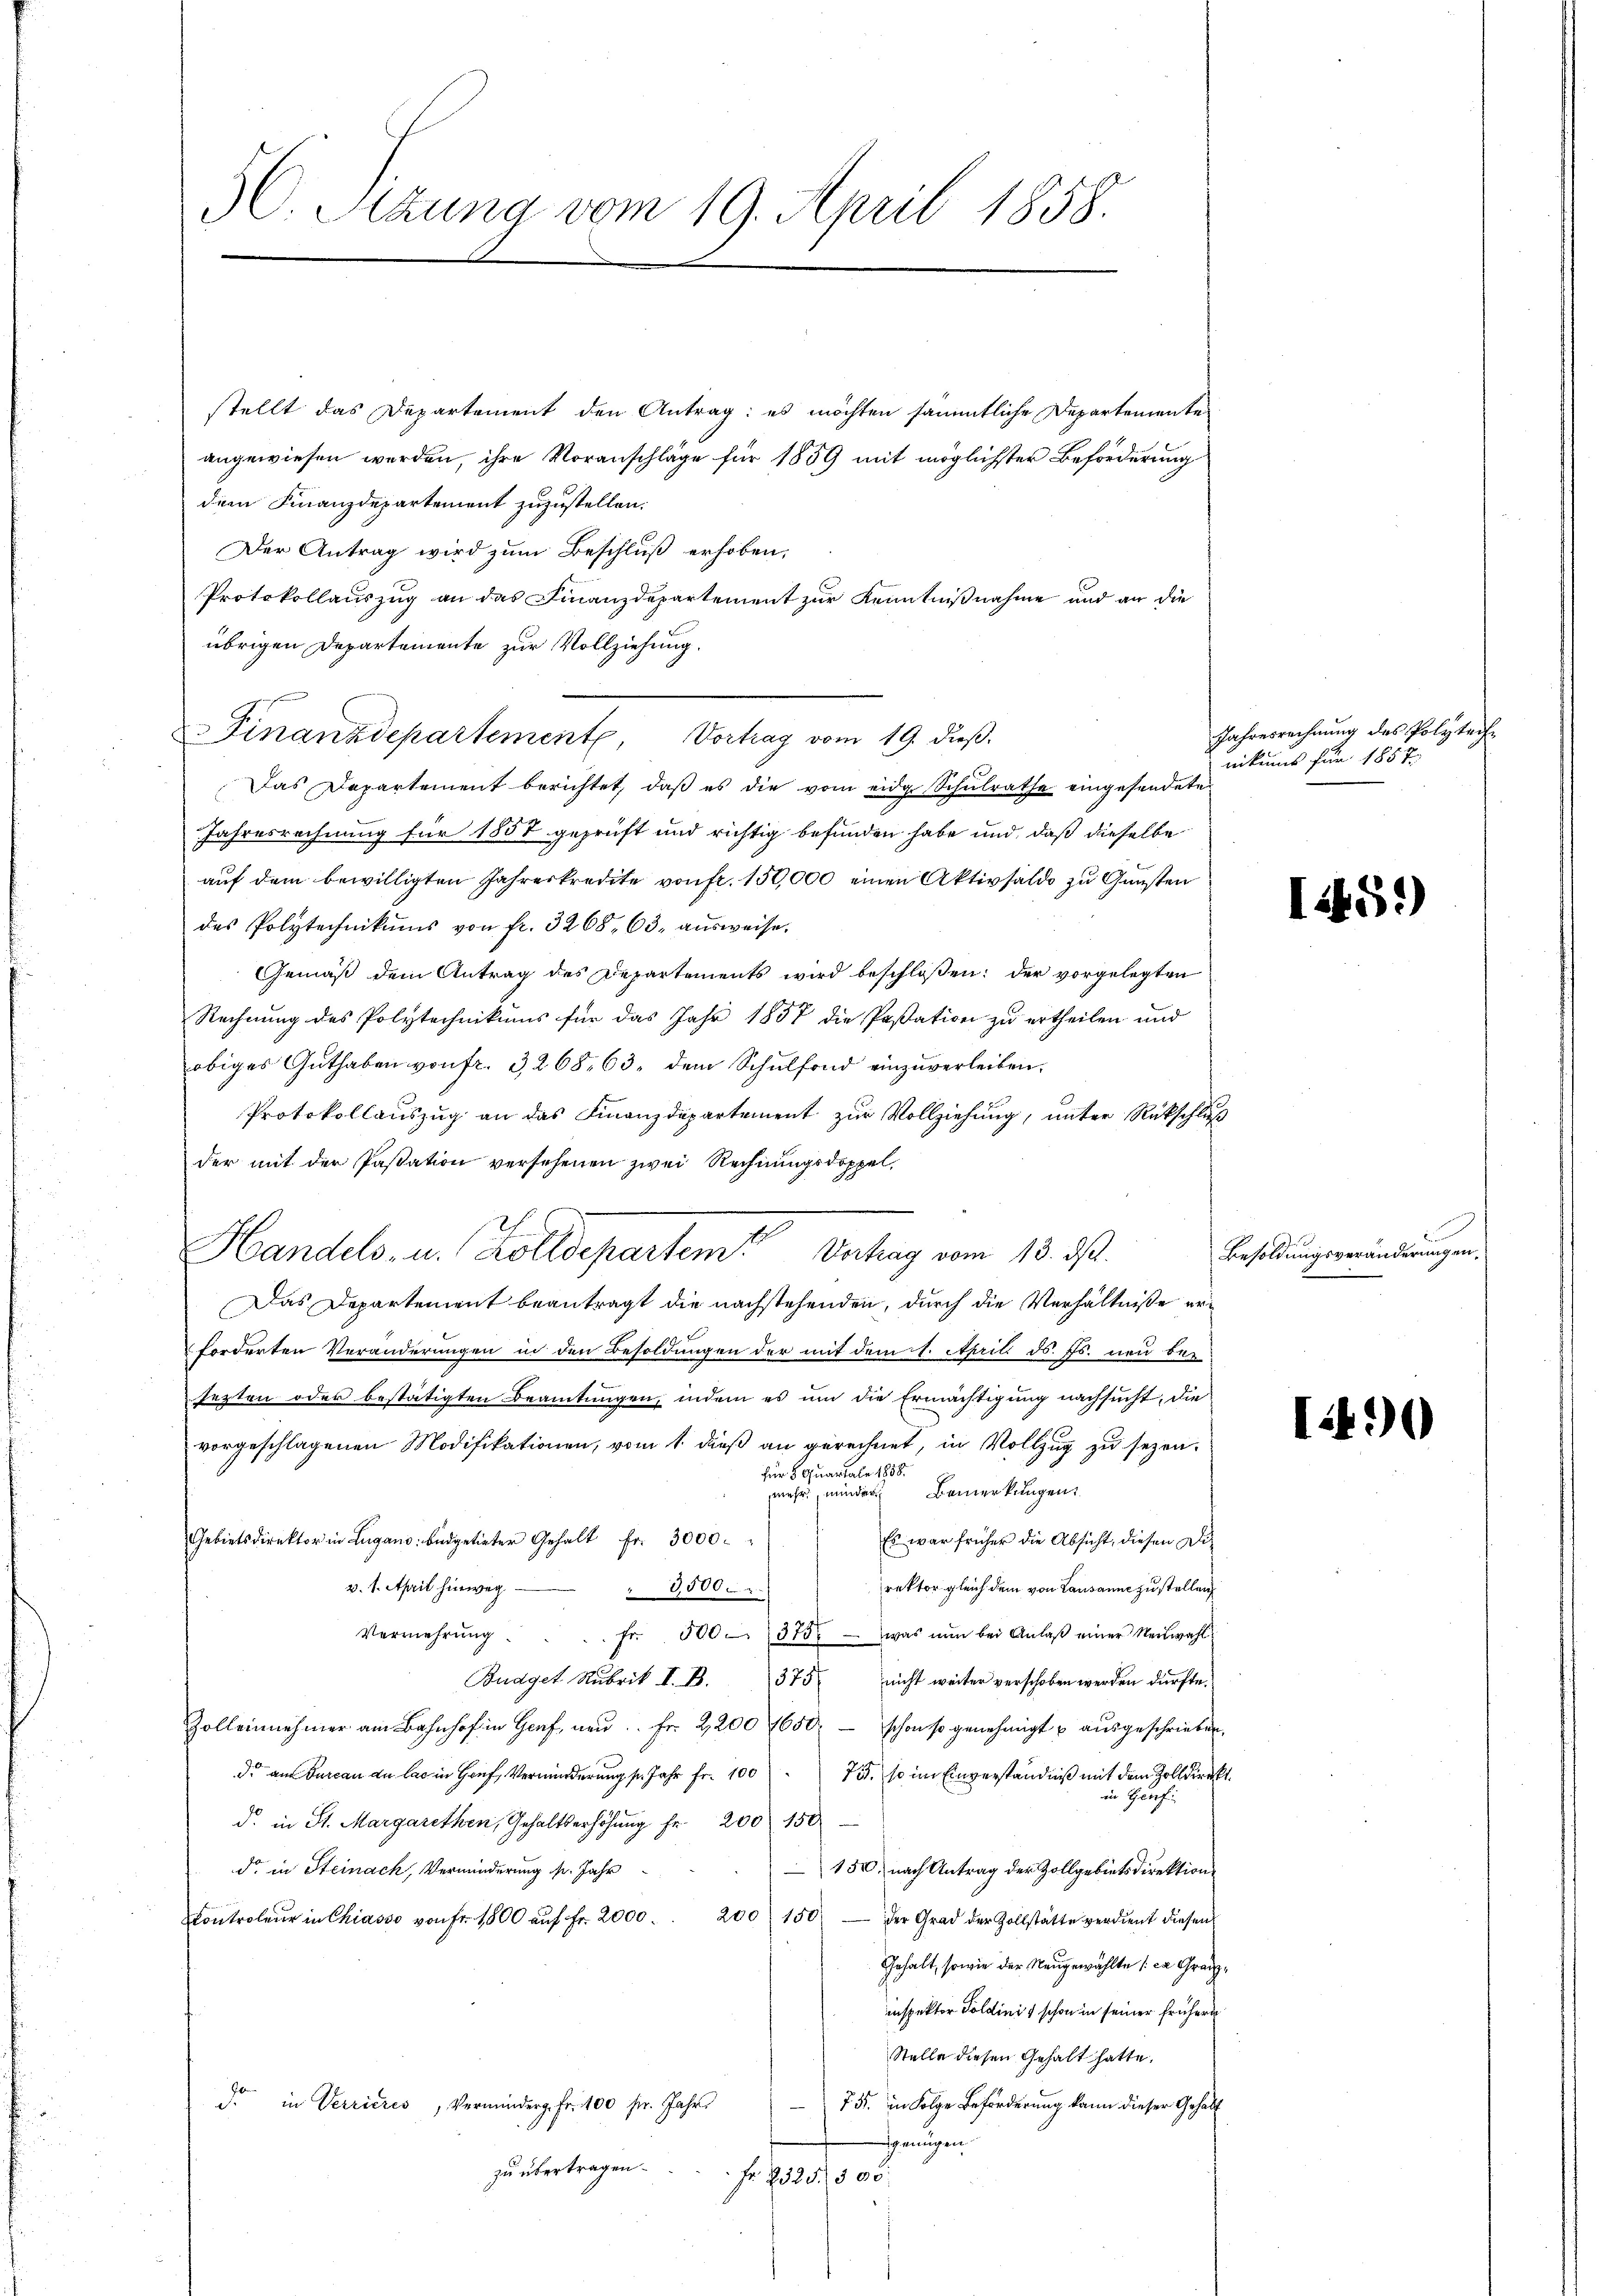
30. Sitzung vom 19. April 1858.

stellt das Departement den Antrag: es möchten sämmtliche Departemente
angewiesen werden, ihre Voranschläge für 1859 mit möglichster Beförderung
dem Finanzdepartement zuzustellen.
Der Antrag wird zum Beschluß erhoben,
Protokollauszug an das Finanzdepartement zur Kenntnißnahme und an die
übrigen Departemente zur Vollziehung.
Finanzdepartement, Vortrag vom 19. dieß.
Das Departement berichtet, daß es die vom eidge Schulrathe eingesendete
Jahresrechnung für 1857 geprüft und richtig befunden habe und, daß dieselbe
auf dem bewilligten Jahreskredite von fr. 150,000 einen Aktivsaldo zu Gunsten
des Polytechnikums von fr. 3268, 63 aŭsweise.
Gemäß dem Antrag des Departements wird beschloßen: der vorgelegten
Rechnung des Polytechnikums für das Jahr 1857 die Passation zu ertheilen und
obiges Guthaben von fr. 3268, 63, dem Schulfond einzuverleiben.
Protokollaŭszŭg an das Finanzdepartement zŭr Vollziehŭng ŭnter Rückschluß
der mit der Passation versehenen zwei Rechnungsdoppel,
Handels- u. Zolldepartem Vertrag vom 18. 33.
Das Departement beantragt die nachstehenden, durch die Verhältnisse erforderten Veränderungen in den Besoldungen der mit dem 1. April ds. Fs. neu bei
sezten oder bestätigten Beamtungen, indem es um die Ermächtigung nachsucht, die
vorgeschlagenen Modifikationen, vom 1. dieß an gerechnet, in Vollzug zu sezen.
für 5 Quartale 1858.
mehr minder Bemerkungen
Es war früher die Absicht, diesen Die
Gebietsdirektor in Lugano: büdgetirter Gehalt fr. 3000.
v. 1. April hierweg.
rektor gleich dem von Lausanne zu stellen,
" 3500.
Vermehrŭng . . . fr. 500. 375 - was nun bei Anlaβ einer Neuwahl
Budget Rubrik I. B. 375 nicht weiter verschoben werden dürfte.
Zolleinnehmer am Bahnhof in Graf, neŭ Fr. 2200 7650 - schon so genehmigt u aŭsgeschrieben.
d. am Furcan an las in Hauf, Verminderŭng pr. Jahr fr. 100. 73. so im Einverständniß mit dem Zolldirekt.
in Genf
d. in St. Margarethen, Gehaltserhöhung Fr. 200 150
dr. in Steinach, Verminderung pr. Jahr
150. nach Antrag der Zollgebietsdirektion
Controleur in Chiasso von Fr. 1800 aŭf fr. 2000. 200 150 der Grad der Zollstätte verdient diesen
Gehalt, sowie der Neugewählte (ca Granzinspektor Goldinis schon in seiner frühere
Stelle diesen Gehalt hatte.
dr in Verrieres, Verminderg. Fr. 100 fr. Jahr
75. in Folge Beförderung kann dieser Gehalt
Genügen
zu übertragen.
Fr. 2325. 505

Jahresrechnung des Polytechnikums für 185 f

1451)

Besoldungsveränderungen,

1490